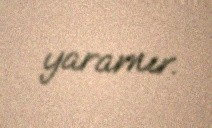
yaramır.